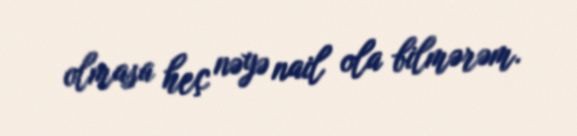
olmasa heç nəyə nail ola bilmərəm.